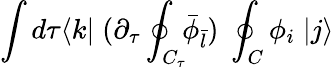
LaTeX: \int d\tau\langle k|\; (\partial_{\tau}\oint_{C_{\tau}}\! \! {\bar{\phi}}_{\bar{l}})\; \oint_{C}\phi_{i}\; |j\rangle